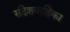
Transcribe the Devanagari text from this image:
संदेशवाहिका